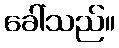
ခေါ်သည်။